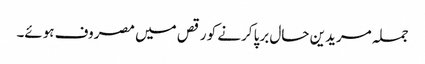
جملہ مریدین حال برپا کرنے کو رقص میں مصروف ہوئے۔